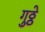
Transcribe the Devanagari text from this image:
गुठ्ठे